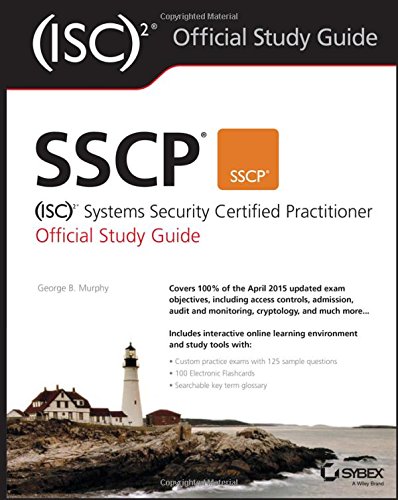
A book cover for SSCP (ISC)2 Systems Security Certified Practitioner Official Study Guide; George Murphy; Computers & Technology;